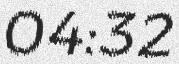
04:32